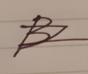
Signature authenticity: forged